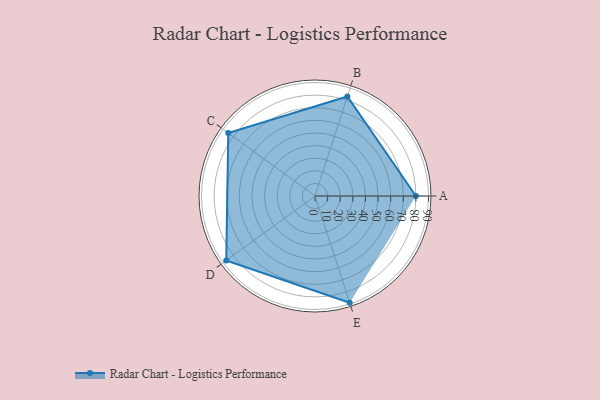
{"axis": {"x": "Skill", "y": "Score"}, "legend": ["Profile"], "data": [{"x": "A", "y": 80.0, "type": "Profile"}, {"x": "B", "y": 83.0, "type": "Profile"}, {"x": "C", "y": 85.0, "type": "Profile"}, {"x": "D", "y": 87.0, "type": "Profile"}, {"x": "E", "y": 89.0, "type": "Profile"}]}